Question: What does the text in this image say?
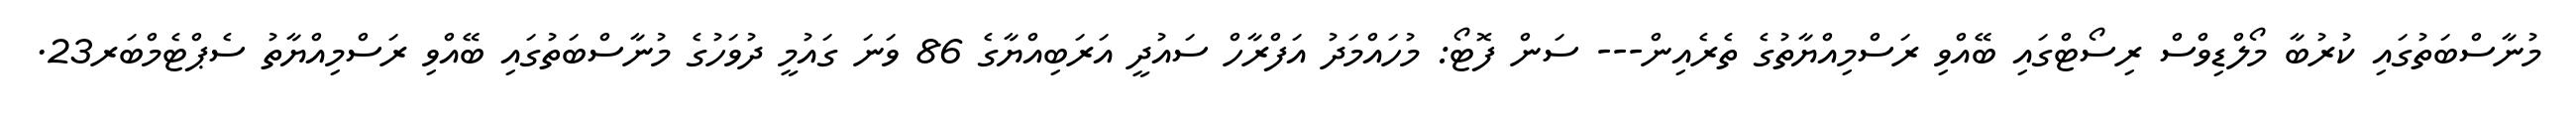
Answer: މުނާސްބަތުގައި ކުރުބާ މޯލްޑިވްސް ރިސޯޓްގައި ބޭއްވި ރަސްމިއްޔާތުގެ ތެރެއިން--- ސަން ފޮޓޯ: މުހައްމަދު އަފްރާހް ސައުދީ އަރަބިއްޔާގެ 86 ވަނަ ގައުމީ ދުވަހުގެ މުނާސްބަތުގައި ބޭއްވި ރަސްމިއްޔާތު ސެޕްޓެމްބަރ23.